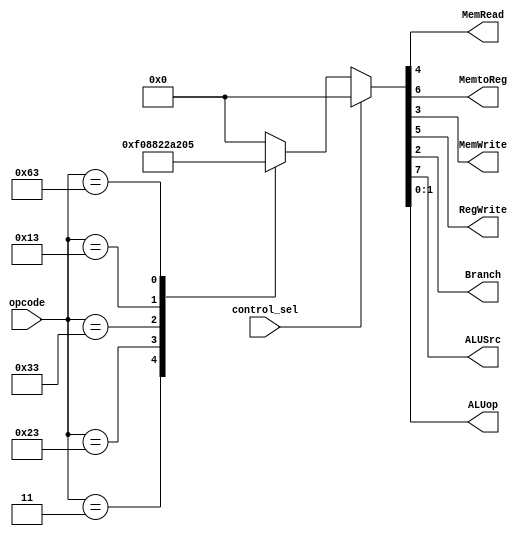
////////////////////////////////////////CONTROL_PATH_MODULE///////////////////////////////////////////////////      
module control_path(input [6:0] opcode,
                    input control_sel,
                    output reg MemRead,MemtoReg,MemWrite,RegWrite,Branch,ALUSrc,
                    output reg [1:0] ALUop);
  
  always@(opcode or control_sel) begin
    if(control_sel == 0) begin
        case(opcode)
            7'b0000011: {ALUSrc,MemtoReg,RegWrite,MemRead,MemWrite,Branch,ALUop} <= 8'b11110000; //ld
            7'b0100011: {ALUSrc,MemtoReg,RegWrite,MemRead,MemWrite,Branch,ALUop} <= 8'b10001000; //sd
            7'b0110011: {ALUSrc,MemtoReg,RegWrite,MemRead,MemWrite,Branch,ALUop} <= 8'b00100010; //R-format
            7'b0010011: {ALUSrc,MemtoReg,RegWrite,MemRead,MemWrite,Branch,ALUop} <= 8'b10100010; //I-format
            7'b1100011: {ALUSrc,MemtoReg,RegWrite,MemRead,MemWrite,Branch,ALUop} <= 8'b00000101; //branch instructions
            default: {ALUSrc,MemtoReg,RegWrite,MemRead,MemWrite,Branch,ALUop} <= 8'b00000000;
        endcase
    end
    else begin
        {ALUSrc,MemtoReg,RegWrite,MemRead,MemWrite,Branch,ALUop} <= 8'b00000000;
    end
  end
endmodule
//////////////////////////////////////////////////////////////////////////////////////////////////////////////